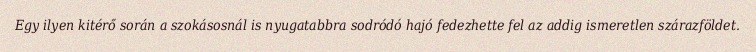
Egy ilyen kitérő során a szokásosnál is nyugatabbra sodródó hajó fedezhette fel az addig ismeretlen szárazföldet.